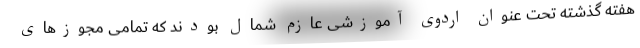
هفته گذشته تحت عنوان اردوی آموزشی عازم شمال بودند که تمامی مجوزهای